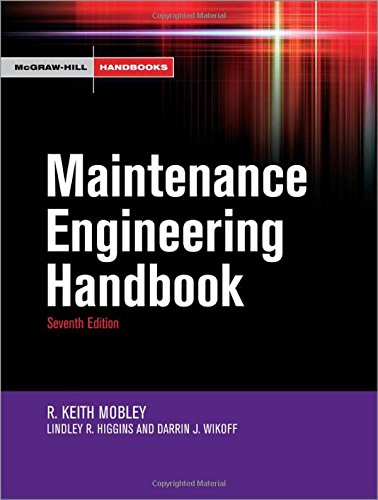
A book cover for Maintenance Engineering Handbook (McGraw-Hill Handbooks); Keith Mobley; Business & Money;